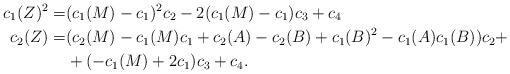
LaTeX: \begin{align*} c_1(Z)^2 =& (c_1(M)-c_1)^2c_2-2(c_1(M)-c_1)c_3+c_4\\ c_2(Z) =& (c_2(M)-c_1(M)c_1+c_2(A)-c_2(B)+c_1(B)^2-c_1(A)c_1(B))c_2+\\ &+(-c_1(M)+2c_1)c_3+c_4. \end{align*}